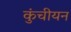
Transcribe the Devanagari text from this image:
कुंचीयन